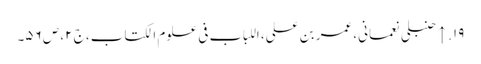
۱۹. ↑ حنبلی نعمانی، عمر بن علی، اللباب فی علوم الکتاب، ج ۲، ص ۵۶۔